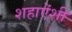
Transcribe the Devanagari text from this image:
शहाऐंशी